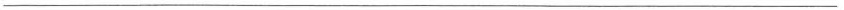
___